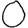
Digit: 0